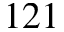
1 2 1